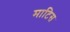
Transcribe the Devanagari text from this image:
माटिस